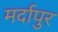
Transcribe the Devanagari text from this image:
मर्दापुर